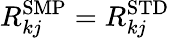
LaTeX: R_{kj}^{\mathrm{SMP}}=R_{kj}^{\mathrm{STD}}